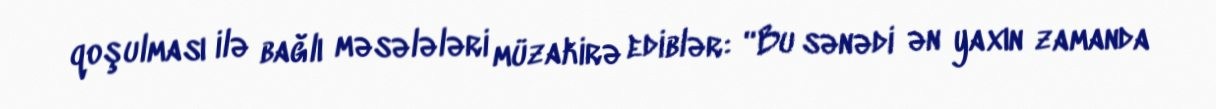
qoşulması ilə bağlı məsələləri müzakirə ediblər: “Bu sənədi ən yaxın zamanda